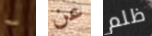
ما عن ظلم